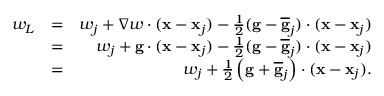
\begin{array} { r l r } { w _ { L } } & { = } & { w _ { j } + \nabla w \cdot ( { \bf x } - { \bf x } _ { j } ) - \frac { 1 } { 2 } ( { \bf g } - \overline { { \bf g } } _ { j } ) \cdot ( { \bf x } - { \bf x } _ { j } ) } \\ & { = } & { w _ { j } + { \bf g } \cdot ( { \bf x } - { \bf x } _ { j } ) - \frac { 1 } { 2 } ( { \bf g } - \overline { { \bf g } } _ { j } ) \cdot ( { \bf x } - { \bf x } _ { j } ) } \\ & { = } & { w _ { j } + \frac { 1 } { 2 } \left( { \bf g } + \overline { { \bf g } } _ { j } \right) \cdot ( { \bf x } - { \bf x } _ { j } ) . } \end{array}